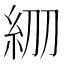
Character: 𥾞